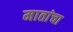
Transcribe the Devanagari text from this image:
मातांचा